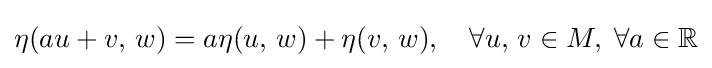
\eta (au+v,\,w)=a\eta (u,\,w)+\eta (v,\,w),\quad \forall u,\,v\in M,\;\forall a\in \mathbb {R}